Annual report of the Punjab Veterinary College and of the Civil Veterinary Department, Punjab - 1926-1932
Year: 1926
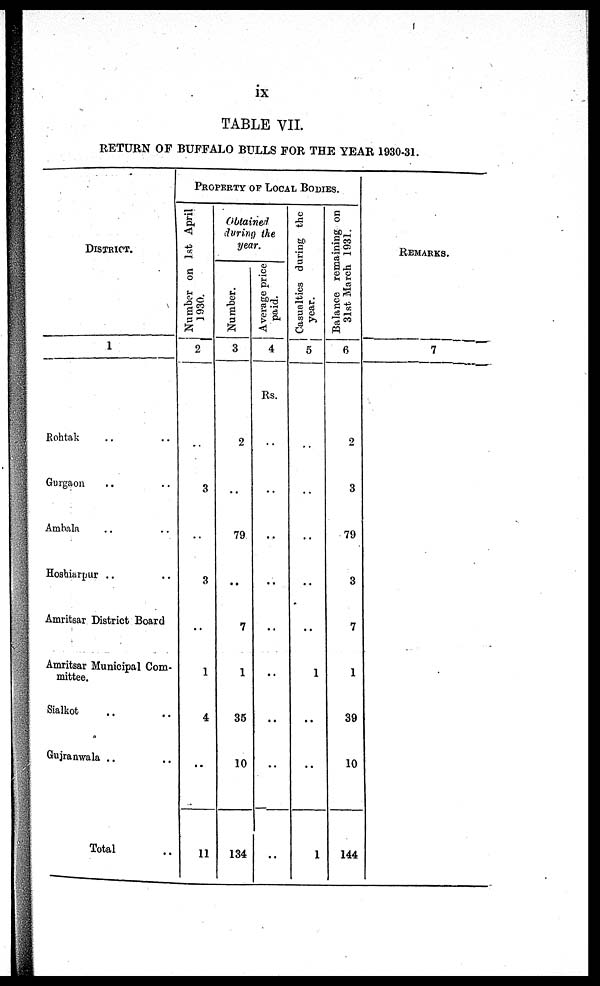
ix
TABLE VII.
RETURN OF BUFFALO BULLS FOR THE YEAR 1930-31.
DISTRICT.
1
Rohtak .. ..
Gurgaon
.. ..
Ambala .. ..
Hoshiarpur .. ..
Amritsar District Board
Amritsar Municipal Com-
mittee.
Sialkot .. ..
Gujranwala .. ..
Total
PROPERTY OF LOCAL BODIES.
Number on 1st April
1930.
2
..
3
..
3
..
1
4
..
11
Obtained
during the
year.
Number.
3
2
..
79
..
7
1
36
10
134
Average price
paid.
4
Rs.
..
..
..
..
..
..
..
..
..
Casualties during the
year.
5
..
..
..
..
1
..
..
1
Balance remaining on
31st March 1931.
6
2
3
79
3
7
1
39
10
144
REMARKS.
7